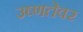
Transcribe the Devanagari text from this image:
उष्णतेवर